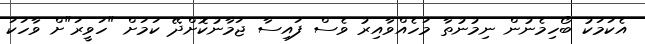
އެކަމަކު ބޯހިމެނުން ނިމުނުތާ މަހެއްވާއިރު ވެސް ފައިސާ ޖަމާނުކޮށްދޭ ކަމަށް "ހަވީރަ"ށް ވާހަކަ